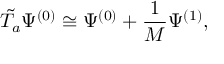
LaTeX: \tilde { T _ { a } } \Psi ^ { ( 0 ) } \cong \Psi ^ { ( 0 ) } + \frac { 1 } { M } \Psi ^ { ( 1 ) } ,